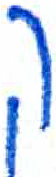
אות: ק